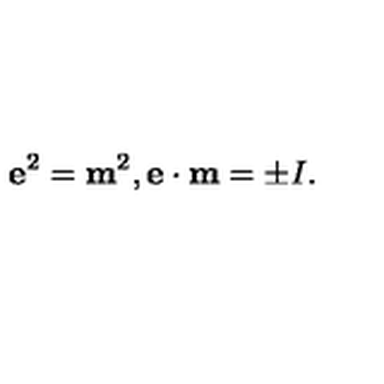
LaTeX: { \bf e } ^ { 2 } = { \bf m } ^ { 2 } , { \bf e } \cdot { \bf m } = \pm I .